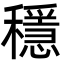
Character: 穩